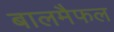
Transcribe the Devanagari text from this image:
बालमैफल